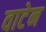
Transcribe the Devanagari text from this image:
वाटेन